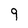
Character: 9